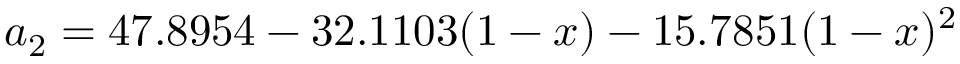
a _ { 2 } = 4 7 . 8 9 5 4 - 3 2 . 1 1 0 3 ( 1 - x ) - 1 5 . 7 8 5 1 ( 1 - x ) ^ { 2 }